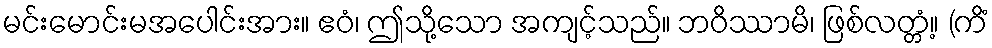
မင်းမောင်းမအပေါင်းအား။ ဧဝံ၊ ဤသို့သော အကျင့်သည်။ ဘဝိဿာမိ၊ ဖြစ်လတ္တံ့။ (ကိံ